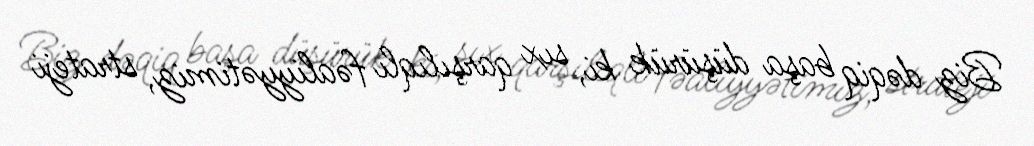
Biz dəqiq başa düşürük ki, sıx qarşılıqlı fəaliyyətimiz, strateji